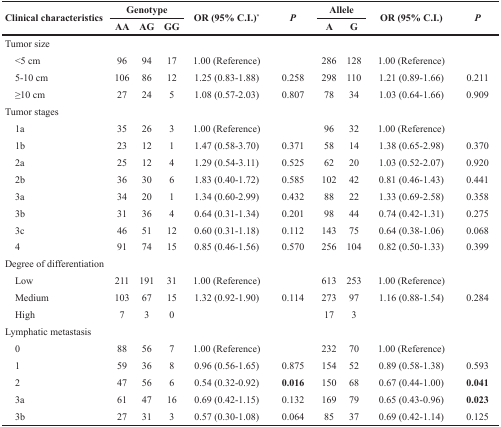
<table><thead><tr><td rowspan="2"><b>Clinical characteristics</b></td><td colspan="3"><b>Genotype</b></td><td rowspan="2"><b>OR (95% C.I.)<sup>*</sup></b></td><td rowspan="2"><b><i>P</i></b></td><td colspan="2"><b>Allele</b></td><td rowspan="2"><b>OR (95% C.I.)</b></td><td rowspan="2"><b><i>P</i></b></td></tr><tr><td><b>AA</b></td><td><b>AG</b></td><td><b>GG</b></td><td><b>A</b></td><td><b>G</b></td></tr></thead><tbody><tr><td>Tumor size</td><td></td><td></td><td></td><td></td><td></td><td></td><td></td><td></td><td></td></tr><tr><td> &lt;5 cm</td><td>96</td><td>94</td><td>17</td><td>1.00 (Reference)</td><td></td><td>286</td><td>128</td><td>1.00 (Reference)</td><td></td></tr><tr><td> 5-10 cm</td><td>106</td><td>86</td><td>12</td><td>1.25 (0.83-1.88)</td><td>0.258</td><td>298</td><td>110</td><td>1.21 (0.89-1.66)</td><td>0.211</td></tr><tr><td> ≥10 cm</td><td>27</td><td>24</td><td>5</td><td>1.08 (0.57-2.03)</td><td>0.807</td><td>78</td><td>34</td><td>1.03 (0.64-1.66)</td><td>0.909</td></tr><tr><td>Tumor stages</td><td></td><td></td><td></td><td></td><td></td><td></td><td></td><td></td><td></td></tr><tr><td> 1a</td><td>35</td><td>26</td><td>3</td><td>1.00 (Reference)</td><td></td><td>96</td><td>32</td><td>1.00 (Reference)</td><td></td></tr><tr><td> 1b</td><td>23</td><td>12</td><td>1</td><td>1.47 (0.58-3.70)</td><td>0.371</td><td>58</td><td>14</td><td>1.38 (0.65-2.98)</td><td>0.370</td></tr><tr><td> 2a</td><td>25</td><td>12</td><td>4</td><td>1.29 (0.54-3.11)</td><td>0.525</td><td>62</td><td>20</td><td>1.03 (0.52-2.07)</td><td>0.920</td></tr><tr><td> 2b</td><td>36</td><td>30</td><td>6</td><td>1.83 (0.40-1.72)</td><td>0.585</td><td>102</td><td>42</td><td>0.81 (0.46-1.43)</td><td>0.441</td></tr><tr><td> 3a</td><td>34</td><td>20</td><td>1</td><td>1.34 (0.60-2.99)</td><td>0.432</td><td>88</td><td>22</td><td>1.33 (0.69-2.58)</td><td>0.358</td></tr><tr><td> 3b</td><td>31</td><td>36</td><td>4</td><td>0.64 (0.31-1.34)</td><td>0.201</td><td>98</td><td>44</td><td>0.74 (0.42-1.31)</td><td>0.275</td></tr><tr><td> 3c</td><td>46</td><td>51</td><td>12</td><td>0.60 (0.31-1.18)</td><td>0.112</td><td>143</td><td>75</td><td>0.64 (0.38-1.06)</td><td>0.068</td></tr><tr><td> 4</td><td>91</td><td>74</td><td>15</td><td>0.85 (0.46-1.56)</td><td>0.570</td><td>256</td><td>104</td><td>0.82 (0.50-1.33)</td><td>0.399</td></tr><tr><td>Degree of differentiation</td><td></td><td></td><td></td><td></td><td></td><td></td><td></td><td></td><td></td></tr><tr><td> Low</td><td>211</td><td>191</td><td>31</td><td>1.00 (Reference)</td><td></td><td>613</td><td>253</td><td>1.00 (Reference)</td><td></td></tr><tr><td> Medium</td><td>103</td><td>67</td><td>15</td><td>1.32 (0.92-1.90)</td><td>0.114</td><td>273</td><td>97</td><td>1.16 (0.88-1.54)</td><td>0.284</td></tr><tr><td> High</td><td>7</td><td>3</td><td>0</td><td></td><td></td><td>17</td><td>3</td><td></td><td></td></tr><tr><td>Lymphatic metastasis</td><td></td><td></td><td></td><td></td><td></td><td></td><td></td><td></td><td></td></tr><tr><td> 0</td><td>88</td><td>56</td><td>7</td><td>1.00 (Reference)</td><td></td><td>232</td><td>70</td><td>1.00 (Reference)</td><td></td></tr><tr><td> 1</td><td>59</td><td>36</td><td>8</td><td>0.96 (0.56-1.65)</td><td>0.875</td><td>154</td><td>52</td><td>0.89 (0.58-1.38)</td><td>0.593</td></tr><tr><td> 2</td><td>47</td><td>56</td><td>6</td><td>0.54 (0.32-0.92)</td><td><b>0.016</b></td><td>150</td><td>68</td><td>0.67 (0.44-1.00)</td><td><b>0.041</b></td></tr><tr><td> 3a</td><td>61</td><td>47</td><td>16</td><td>0.69 (0.42-1.15)</td><td>0.132</td><td>169</td><td>79</td><td>0.65 (0.43-0.96)</td><td><b>0.023</b></td></tr><tr><td> 3b</td><td>27</td><td>31</td><td>3</td><td>0.57 (0.30-1.08)</td><td>0.064</td><td>85</td><td>37</td><td>0.69 (0.42-1.14)</td><td>0.125</td></tr></tbody></table>